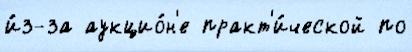
и́з-за аукцио́н'е практ'и́ческой по